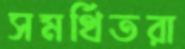
সমর্থিতরা